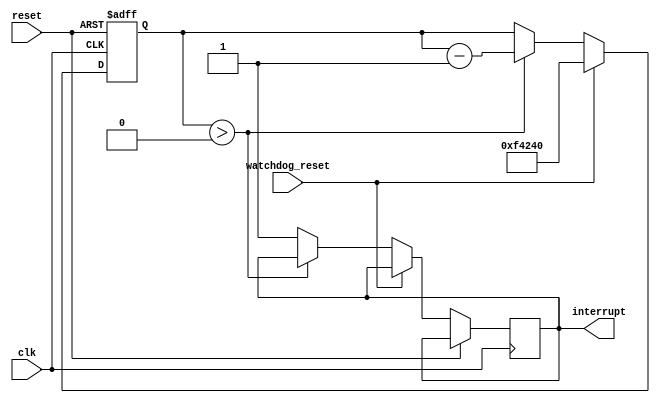
module Watchdog_timer (
    input wire clk,  // System clock input
    input wire reset,  // Reset signal
    input wire watchdog_reset,  // Reset signal for the timer
    output reg interrupt  // Output interrupt signal
);

// Parameters
parameter CLOCK_FREQUENCY = 100000000; // System clock frequency in Hz
parameter TIMEOUT_VALUE = 1000000; // Timeout value for the timer

// Internal signals
reg [31:0] count; // Counter for the timer

always @(posedge clk or posedge reset) begin
    if (reset) begin
        count <= TIMEOUT_VALUE;
    end else begin
        if (watchdog_reset) begin
            count <= TIMEOUT_VALUE;
        end else begin
            if (count > 0) begin
                count <= count - 1;
            end else begin
                interrupt <= 1;
            end
        end
    end
end

endmodule